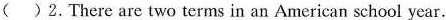
( )2.There are two terms in an American school year.